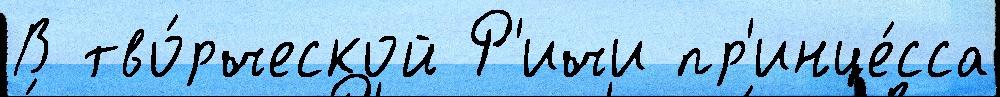
В тво́рческой Р'ичи пр'инце́сса